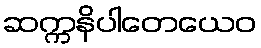
ဆက္ကနိပါတေယေဝ